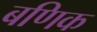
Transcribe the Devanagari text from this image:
बणिक